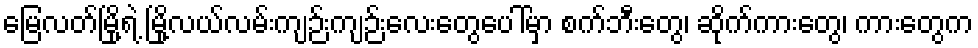
မြေလတ်မြို့ရဲ့ မြို့လယ်လမ်းကျဉ်းကျဉ်းလေးတွေပေါ်မှာ စက်ဘီးတွေ၊ ဆိုက်ကားတွေ၊ ကားတွေက